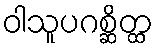
ဝါသူပဂစ္ဆိတ္ထ